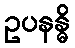
ဥပနန္ဓိ